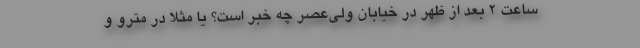
ساعت ۲ بعد از ظهر در خیابان ولی‌عصر چه خبر است؟ یا مثلا در مترو و